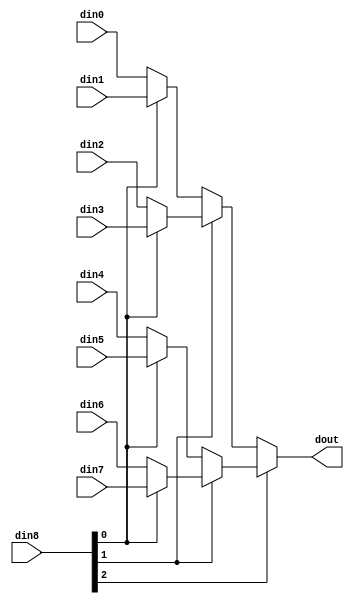
// ==============================================================
// Vivado(TM) HLS - High-Level Synthesis from C, C++ and SystemC v2019.2 (64-bit)
// Copyright 1986-2019 Xilinx, Inc. All Rights Reserved.
// ==============================================================

`timescale 1ns/1ps

module kws_mux_816_32_1_1 #(
parameter
    ID                = 0,
    NUM_STAGE         = 1,
    din0_WIDTH       = 32,
    din1_WIDTH       = 32,
    din2_WIDTH       = 32,
    din3_WIDTH       = 32,
    din4_WIDTH       = 32,
    din5_WIDTH       = 32,
    din6_WIDTH       = 32,
    din7_WIDTH       = 32,
    din8_WIDTH         = 32,
    dout_WIDTH            = 32
)(
    input  [31 : 0]     din0,
    input  [31 : 0]     din1,
    input  [31 : 0]     din2,
    input  [31 : 0]     din3,
    input  [31 : 0]     din4,
    input  [31 : 0]     din5,
    input  [31 : 0]     din6,
    input  [31 : 0]     din7,
    input  [15 : 0]    din8,
    output [31 : 0]   dout);

// puts internal signals
wire [15 : 0]     sel;
// level 1 signals
wire [31 : 0]         mux_1_0;
wire [31 : 0]         mux_1_1;
wire [31 : 0]         mux_1_2;
wire [31 : 0]         mux_1_3;
// level 2 signals
wire [31 : 0]         mux_2_0;
wire [31 : 0]         mux_2_1;
// level 3 signals
wire [31 : 0]         mux_3_0;
// level 4 signals
wire [31 : 0]         mux_4_0;
// level 5 signals
wire [31 : 0]         mux_5_0;
// level 6 signals
wire [31 : 0]         mux_6_0;
// level 7 signals
wire [31 : 0]         mux_7_0;
// level 8 signals
wire [31 : 0]         mux_8_0;
// level 9 signals
wire [31 : 0]         mux_9_0;
// level 10 signals
wire [31 : 0]         mux_10_0;
// level 11 signals
wire [31 : 0]         mux_11_0;
// level 12 signals
wire [31 : 0]         mux_12_0;
// level 13 signals
wire [31 : 0]         mux_13_0;
// level 14 signals
wire [31 : 0]         mux_14_0;
// level 15 signals
wire [31 : 0]         mux_15_0;
// level 16 signals
wire [31 : 0]         mux_16_0;

assign sel = din8;

// Generate level 1 logic
assign mux_1_0 = (sel[0] == 0)? din0 : din1;
assign mux_1_1 = (sel[0] == 0)? din2 : din3;
assign mux_1_2 = (sel[0] == 0)? din4 : din5;
assign mux_1_3 = (sel[0] == 0)? din6 : din7;

// Generate level 2 logic
assign mux_2_0 = (sel[1] == 0)? mux_1_0 : mux_1_1;
assign mux_2_1 = (sel[1] == 0)? mux_1_2 : mux_1_3;

// Generate level 3 logic
assign mux_3_0 = (sel[2] == 0)? mux_2_0 : mux_2_1;

// Generate level 4 logic
assign mux_4_0 = mux_3_0;

// Generate level 5 logic
assign mux_5_0 = mux_4_0;

// Generate level 6 logic
assign mux_6_0 = mux_5_0;

// Generate level 7 logic
assign mux_7_0 = mux_6_0;

// Generate level 8 logic
assign mux_8_0 = mux_7_0;

// Generate level 9 logic
assign mux_9_0 = mux_8_0;

// Generate level 10 logic
assign mux_10_0 = mux_9_0;

// Generate level 11 logic
assign mux_11_0 = mux_10_0;

// Generate level 12 logic
assign mux_12_0 = mux_11_0;

// Generate level 13 logic
assign mux_13_0 = mux_12_0;

// Generate level 14 logic
assign mux_14_0 = mux_13_0;

// Generate level 15 logic
assign mux_15_0 = mux_14_0;

// Generate level 16 logic
assign mux_16_0 = mux_15_0;

// output logic
assign dout = mux_16_0;

endmodule